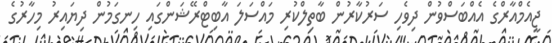
ޖީއެމްއާރްގެ އެއްބަސްވުން ދިވެހި ސަރުކާރުން ބާތިލްކުރި މައްސަލަ އާބިޓްރޭޝަންގައި ހިނގަމުން ދިޔައިރު މިހާރުގެ